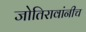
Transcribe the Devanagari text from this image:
जोतिरावांनीच